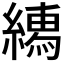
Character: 𦅎